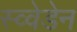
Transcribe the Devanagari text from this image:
स्व्वेडेन